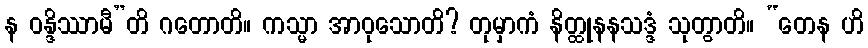
န ဝန္ဒိဿာမီ”တိ ဂတောတိ။ ကသ္မာ အာဝုသောတိ? တုမှာကံ နိတ္ထုနနသဒ္ဒံ သုတွာတိ။ “တေန ဟိ